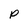
Character: P